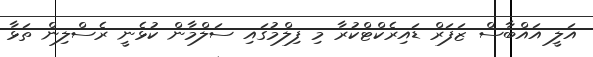
އަލީ އައްބާސް ޒަފަރް ޑައިރެކްޓްކުރާ މި ފިލްމުގައި ސަލްމާން ކުޅެނީ ރެސްލިން ތަޅާ